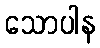
သောပါန